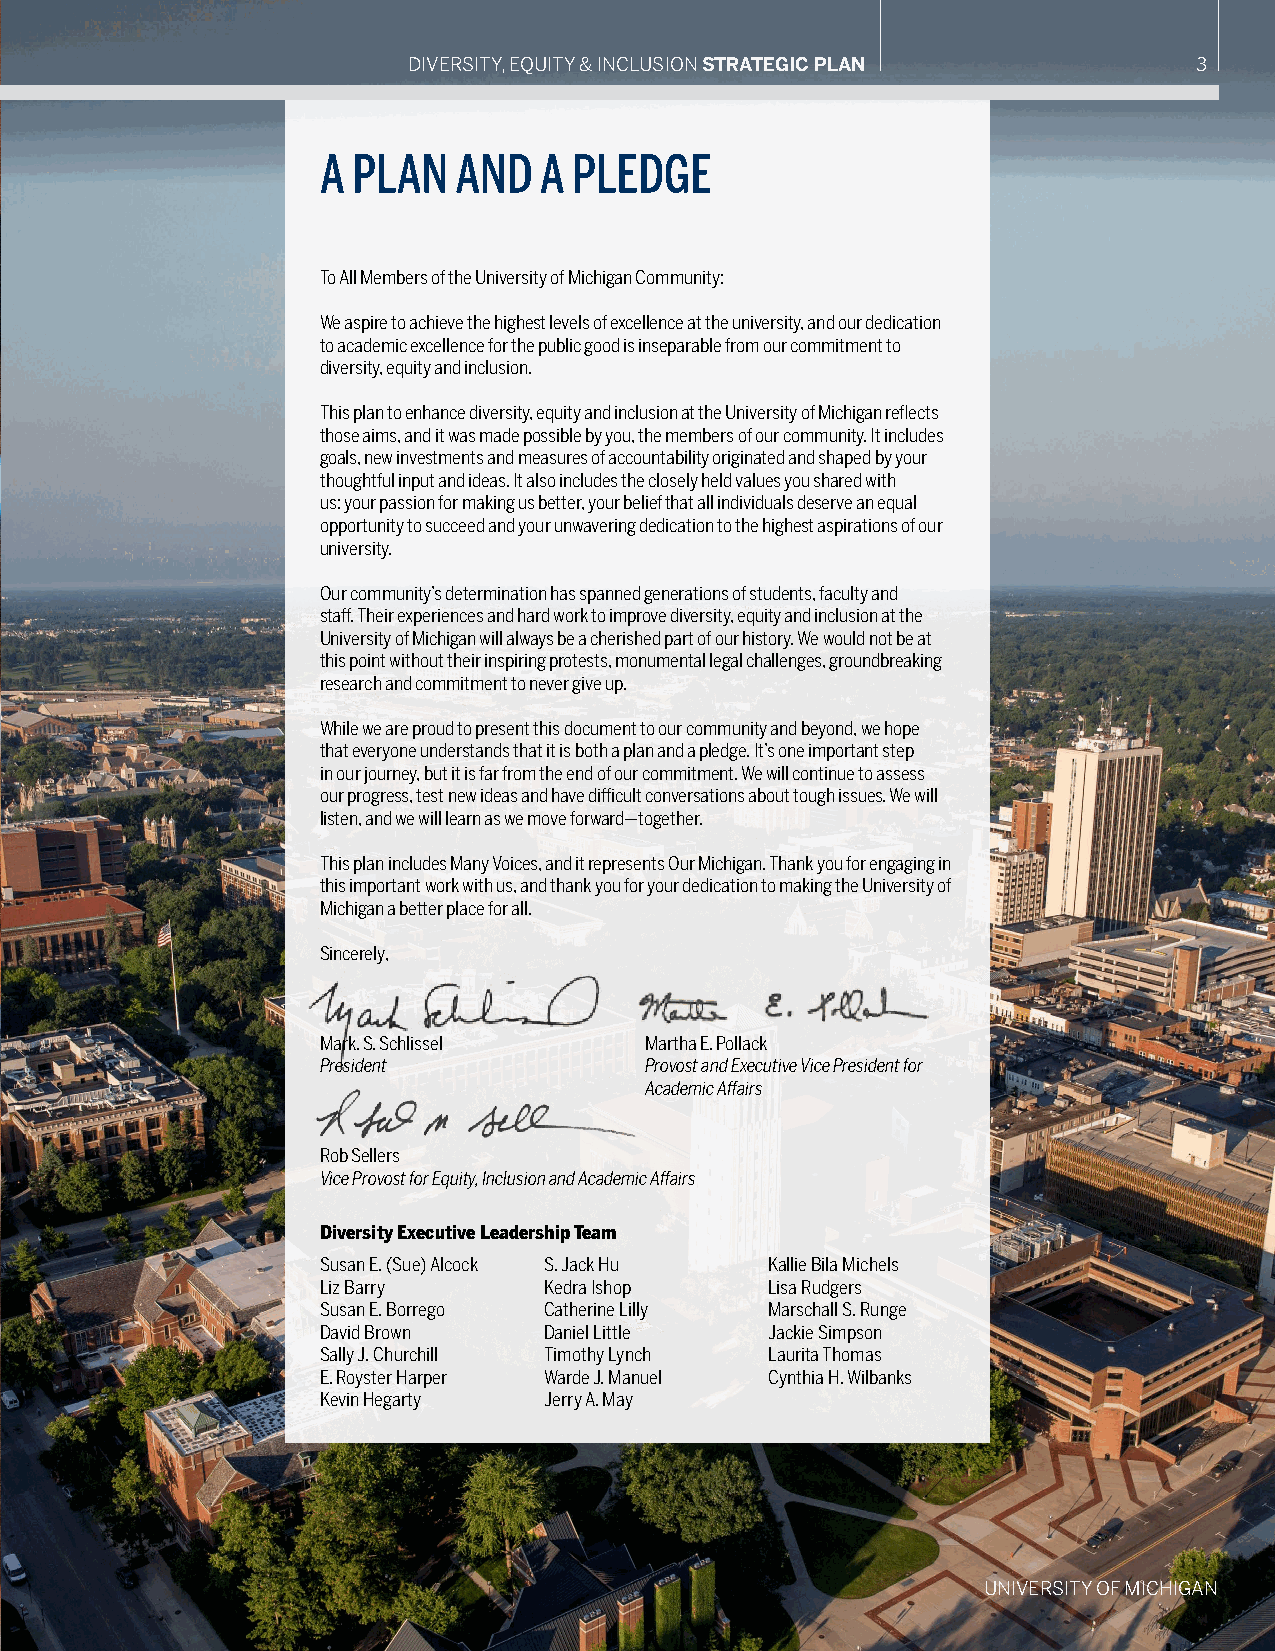
DIVERSITY, EQUITY & INCLUSION STRATEGIC PLAN        3
 A PLAN   AND   A PLEDGE
 To All Members of the University of Michigan Community:
 We aspire to achieve the highest levels of excellence at the university, and our dedication
 to academic excellence for the public good is inseparable from our commitment to
 diversity, equity and inclusion.
 This plan to enhance diversity, equity and inclusion at the University of Michigan reflects
 those aims, and it was made possible by you, the members of our community. It includes
 goals, new investments and measures of accountability originated and shaped by your
 thoughtful input and ideas. It also includes the closely held values you shared with
 us: your passion for making us better, your belief that all individuals deserve an equal
 opportunity to succeed and your unwavering dedication to the highest aspirations of our
 university.
 Our community’s determination has spanned generations of students, faculty and
 staff. Their experiences and hard work to improve diversity, equity and inclusion at the
 University of Michigan will always be a cherished part of our history. We would not be at
 this point without their inspiring protests, monumental legal challenges, groundbreaking
 research and commitment to never give up.
 While we are proud to present this document to our community and beyond, we hope
 that everyone understands that it is both a plan and a pledge. It’s one important step
 in our journey, but it is far from the end of our commitment. We will continue to assess
 our progress, test new ideas and have difficult conversations about tough issues. We will
 listen, and we will learn as we move forward—together.
 This plan includes Many Voices, and it represents Our Michigan. Thank you for engaging in
 this important work with us, and thank you for your dedication to making the University of
 Michigan a better place for all.
 Sincerely,
 Mark. S. Schlissel    Martha E. Pollack
 President             Provost and Executive Vice President for
 Academic Affairs
 Rob Sellers
 Vice Provost for Equity, Inclusion and Academic Affairs
 Diversity Executive Leadership Team
 Susan E. (Sue) Alcock S. Jack Hu Kallie Bila Michels
 Liz Barry      Kedra Ishop    Lisa Rudgers
 Susan E. Borrego Catherine Lilly Marschall S. Runge
 David Brown    Daniel Little  Jackie Simpson
 Sally J. Churchill Timothy Lynch Laurita Thomas
 E. Royster Harper Warde J. Manuel Cynthia H. Wilbanks
 Kevin Hegarty  Jerry A. May
 UNIVERSITY OF MICHIGAN